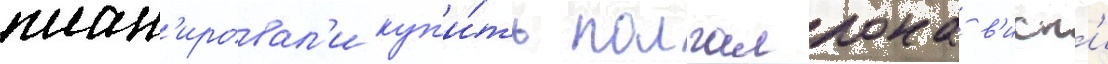
план'ировал'и куп'и́ть полгаллона в'иск'и